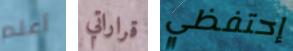
أعلم قراراتي إحتفظي